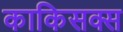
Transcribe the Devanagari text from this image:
काकिसक्स